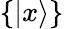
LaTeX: \{ |x\rangle\}